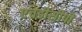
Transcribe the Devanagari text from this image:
एचडीसीपी